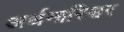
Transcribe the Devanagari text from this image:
अर्धनारिश्वर